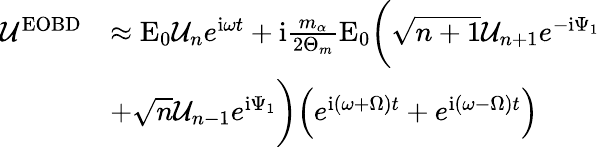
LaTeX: \begin{array}{rl}{\mathcal{U}^{\mathrm{EOBD}}}&{\approx\mathrm{E}_{0}\mathcal{U}_{n}e^{\mathrm{i}\omega t}+\mathrm{i}\frac{m_{\alpha}}{2\Theta_{m}}\mathrm{E}_{0}\bigg(\sqrt{n+1}\mathcal{U}_{n+1}e^{-\mathrm{i}\Psi_{1}}}\\ &{+\sqrt{n}\mathcal{U}_{n-1}e^{\mathrm{i}\Psi_{1}}\bigg)\Big(e^{\mathrm{i}\left(\omega+\Omega\right)t}+e^{\mathrm{i}\left(\omega-\Omega\right)t}\Big)}\end{array}